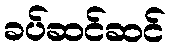
ခပ်ဆင်ဆင်